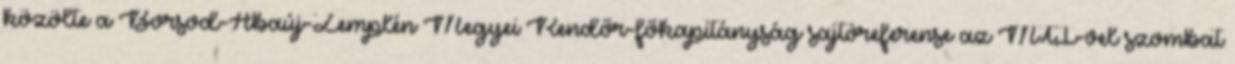
közölte a Borsod-Abaúj-Zemplén Megyei Rendőr-főkapitányság sajtóreferense az MTI-vel szombat